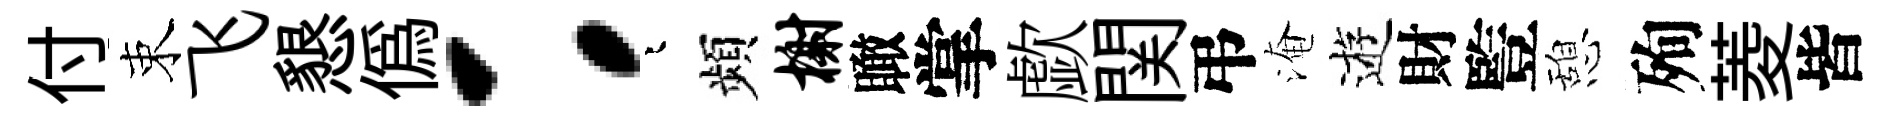
付束飞懇偽：迢頻榭瞰掌歔関弔淹逰財䜿憩殉菱皆